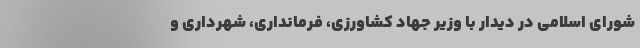
شورای اسلامی در دیدار با وزیر جهاد کشاورزی، فرمانداری، شهرداری و